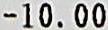
-10.00